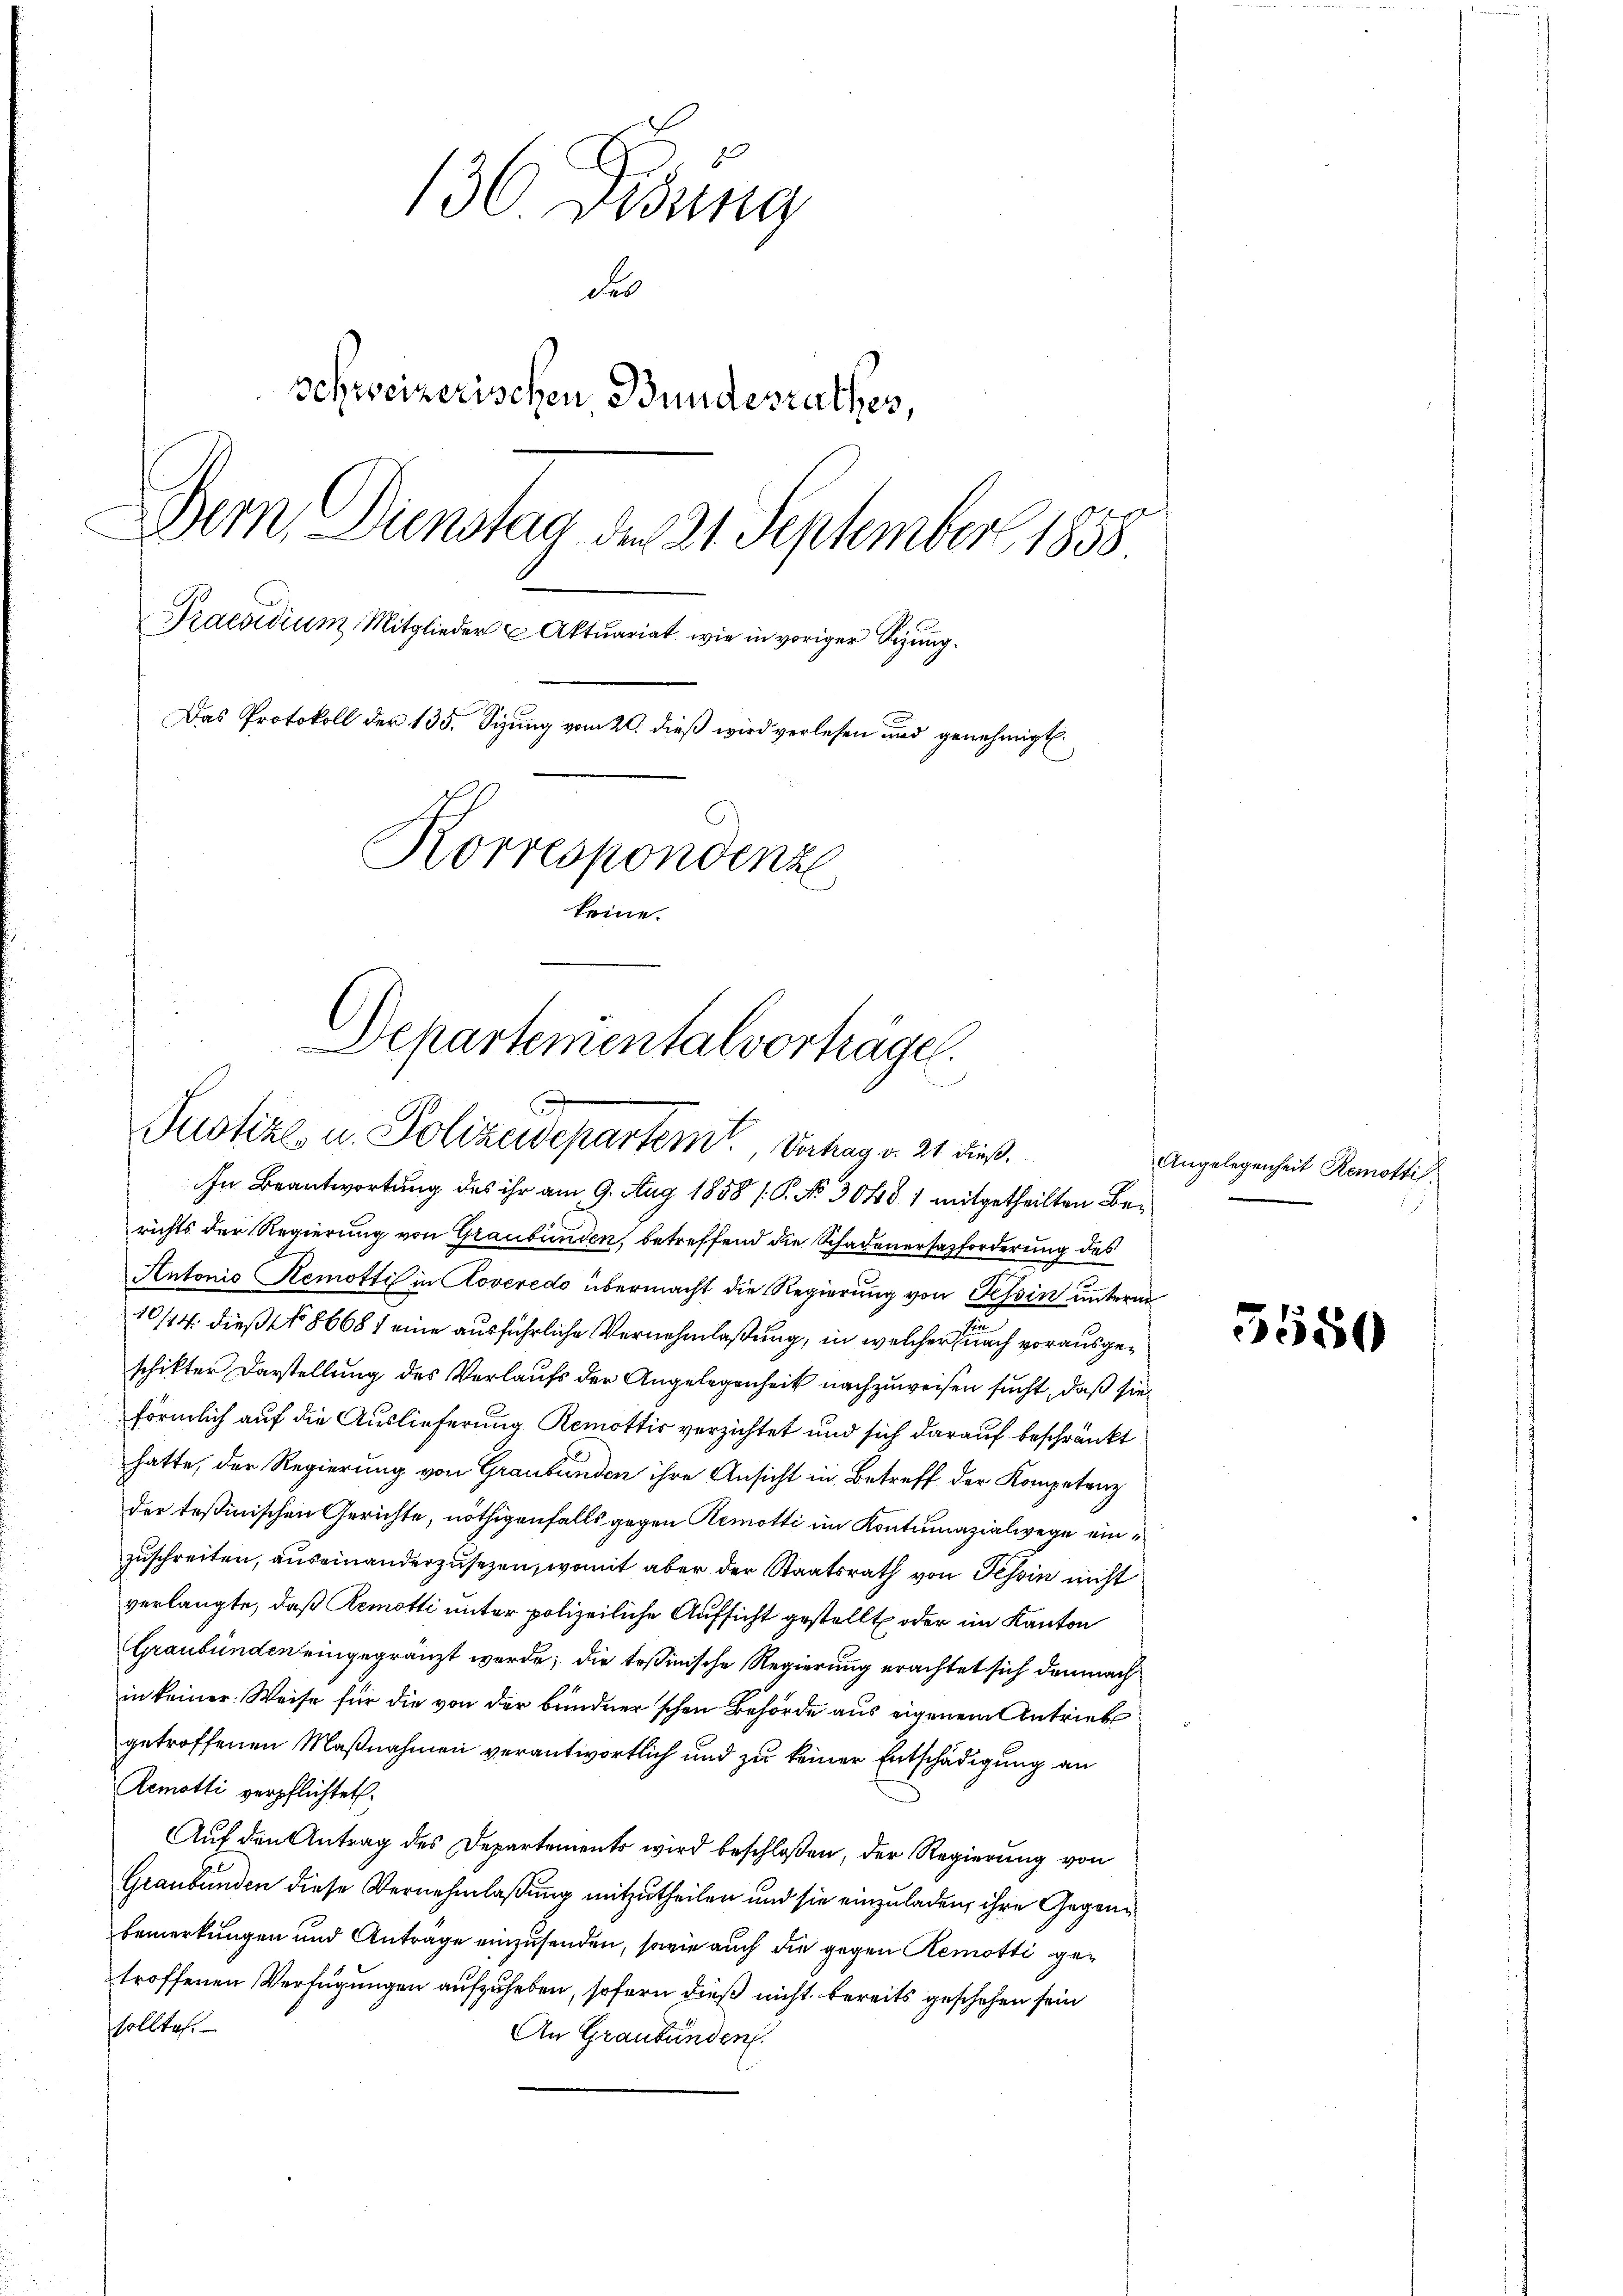
130 widung
des
schweizerischen Bundesrathes,
Dem Dienstag der 21. September 1858
Praesidium Mitglieder Aktuariat, wie in voriger Sizung.
Das Protokoll der 135. Sizung vom 20. dieß wird verlesen und genehmigt.
Korrespondenze
keine

Departementalvorträgen.
C
Justiz u. Polizeidepartem Vortrag v. 21 dieß.

In Beantwortung des ihr am 9. Aug 1858 / P. No 3048 1 mitgetheilten Berichts der Regierung von Graubünden, betreffend die Schadenersazforderung des
Antonio Hemotti in Roveredo übermacht die Regierung von Tessin unterm
.
10/14. dieß No 8668 / eine ausführliche Vernehmlaßung, in welcher sich vorausgeschikter Darstellung des Verlaufs der Angelegenheit nachzuweisen sucht, daß sie
förmlich auf die Auslieferung Remottis verzichtet und sich darauf beschränkt
hatte, der Regierung von Graubünden ihre Ansicht in Betreff der Kompetenz
der Teßinischen Gerichte, nöthigenfalls gegen Remotti im Kontumazialwege einzuschreiten, auseinanderzusezen, womit aber der Staatsrath von Tessin nicht
verlangte, daß Remotti unter polizeiliche Aufsicht gestellt oder im Kanton
Graubünden eingegränzt werde; die Teßinische Regierung erachtet sich demnach
in keiner Weise für die von der bundner'schen Behörde aus eigenem Antrieb
getroffenen Maßnahmen verantwortlich und zu keiner Entschädigung an
Remotti verpflichtet.
Auf den Antrag des Departements wird beschloßen, der Regierung von
Graubünden diese Vernehmlaßung mitzutheilen und sie einzuladen, ihre Gegenbemerkungen und Antrage einzusenden, sowie auch die gegen Remotti getroffenen Verfügungen aufzuheben, sofern dieß nicht bereits geschehen sein
sollte.
An Graubünden.

Angelegenheit Remottis

5550